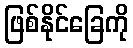
ဖြစ်နိုင်ခြေကို